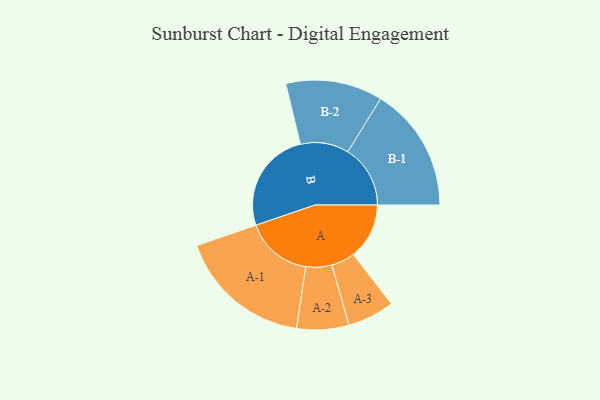
{"axis": {"x": "Segment", "y": "Value"}, "legend": ["", "A", "B"], "data": [{"x": "A", "y": 247, "type": ""}, {"x": "B", "y": 451, "type": ""}, {"x": "A-1", "y": 296, "type": "A"}, {"x": "A-2", "y": 115, "type": "A"}, {"x": "A-3", "y": 104, "type": "A"}, {"x": "B-1", "y": 276, "type": "B"}, {"x": "B-2", "y": 214, "type": "B"}]}